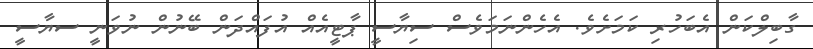
ގާބިލްކަން އެބަހުރި ކަމަށެވެ. އެހެންނަމަވެސް ސިޔާސީ ޕާޓީއެއް އުފައްދަން ބޭނުން ނުވަނީ ސޔާސީ